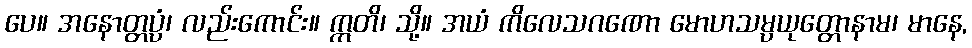
ပေ။ အနောတ္တပ္ပံ၊ လည်းကောင်း။ ဣတိ၊ သို့။ အယံ ကိလေသဂဏော မောဟသမ္ပယုတ္တောနာမ၊ မာနေ,